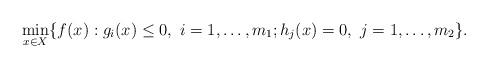
LaTeX: \begin{align*}\begin{array}{rl}\min\limits_{x \in X} \{f(x): g_i(x) \leq 0, \ i=1,\ldots,m_1; h_j(x) = 0, \ j=1,\ldots,m_2\}.\end{array}\end{align*}